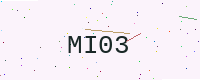
Text: MI03